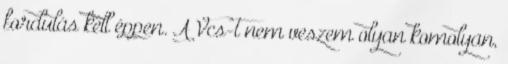
fordulás kell éppen. A Vcs-t nem veszem olyan komolyan,